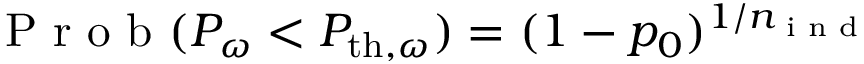
\begin{array} { r } { \textrm { P r o b } ( P _ { \omega } < P _ { \mathrm { t h } , \omega } ) = ( 1 - p _ { 0 } ) ^ { 1 / n _ { \textrm { i n d } } } } \end{array}